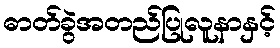
ဓာတ်ခွဲအတည်ပြုလူနာနှင့်